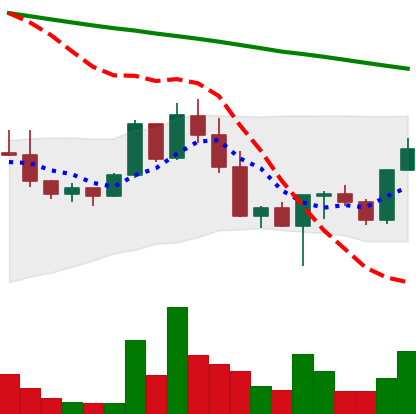
Ticker: NEO-USD
Chart end date: 2022-03-01
Forward return: -15.318%
Label: down_7plus